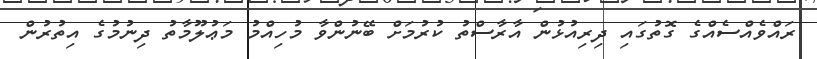
ރައްވެއްސެއްގެ ގޮތުގައި ދިރިއުޅުން އާރާސްތު ކުރުމަށް ބޭނުންވާ މުހިއްމު މަޢުލޫމާތު ދިނުމުގެ އިތުރުން